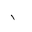
Letter: _alif